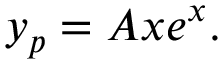
y _ { p } = A x e ^ { x } .